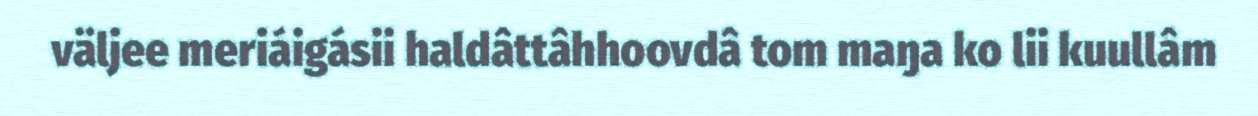
väljee meriáigásii haldâttâhhoovdâ tom maŋa ko lii kuullâm